Leningradi_Edasi_toimetus, lk 17
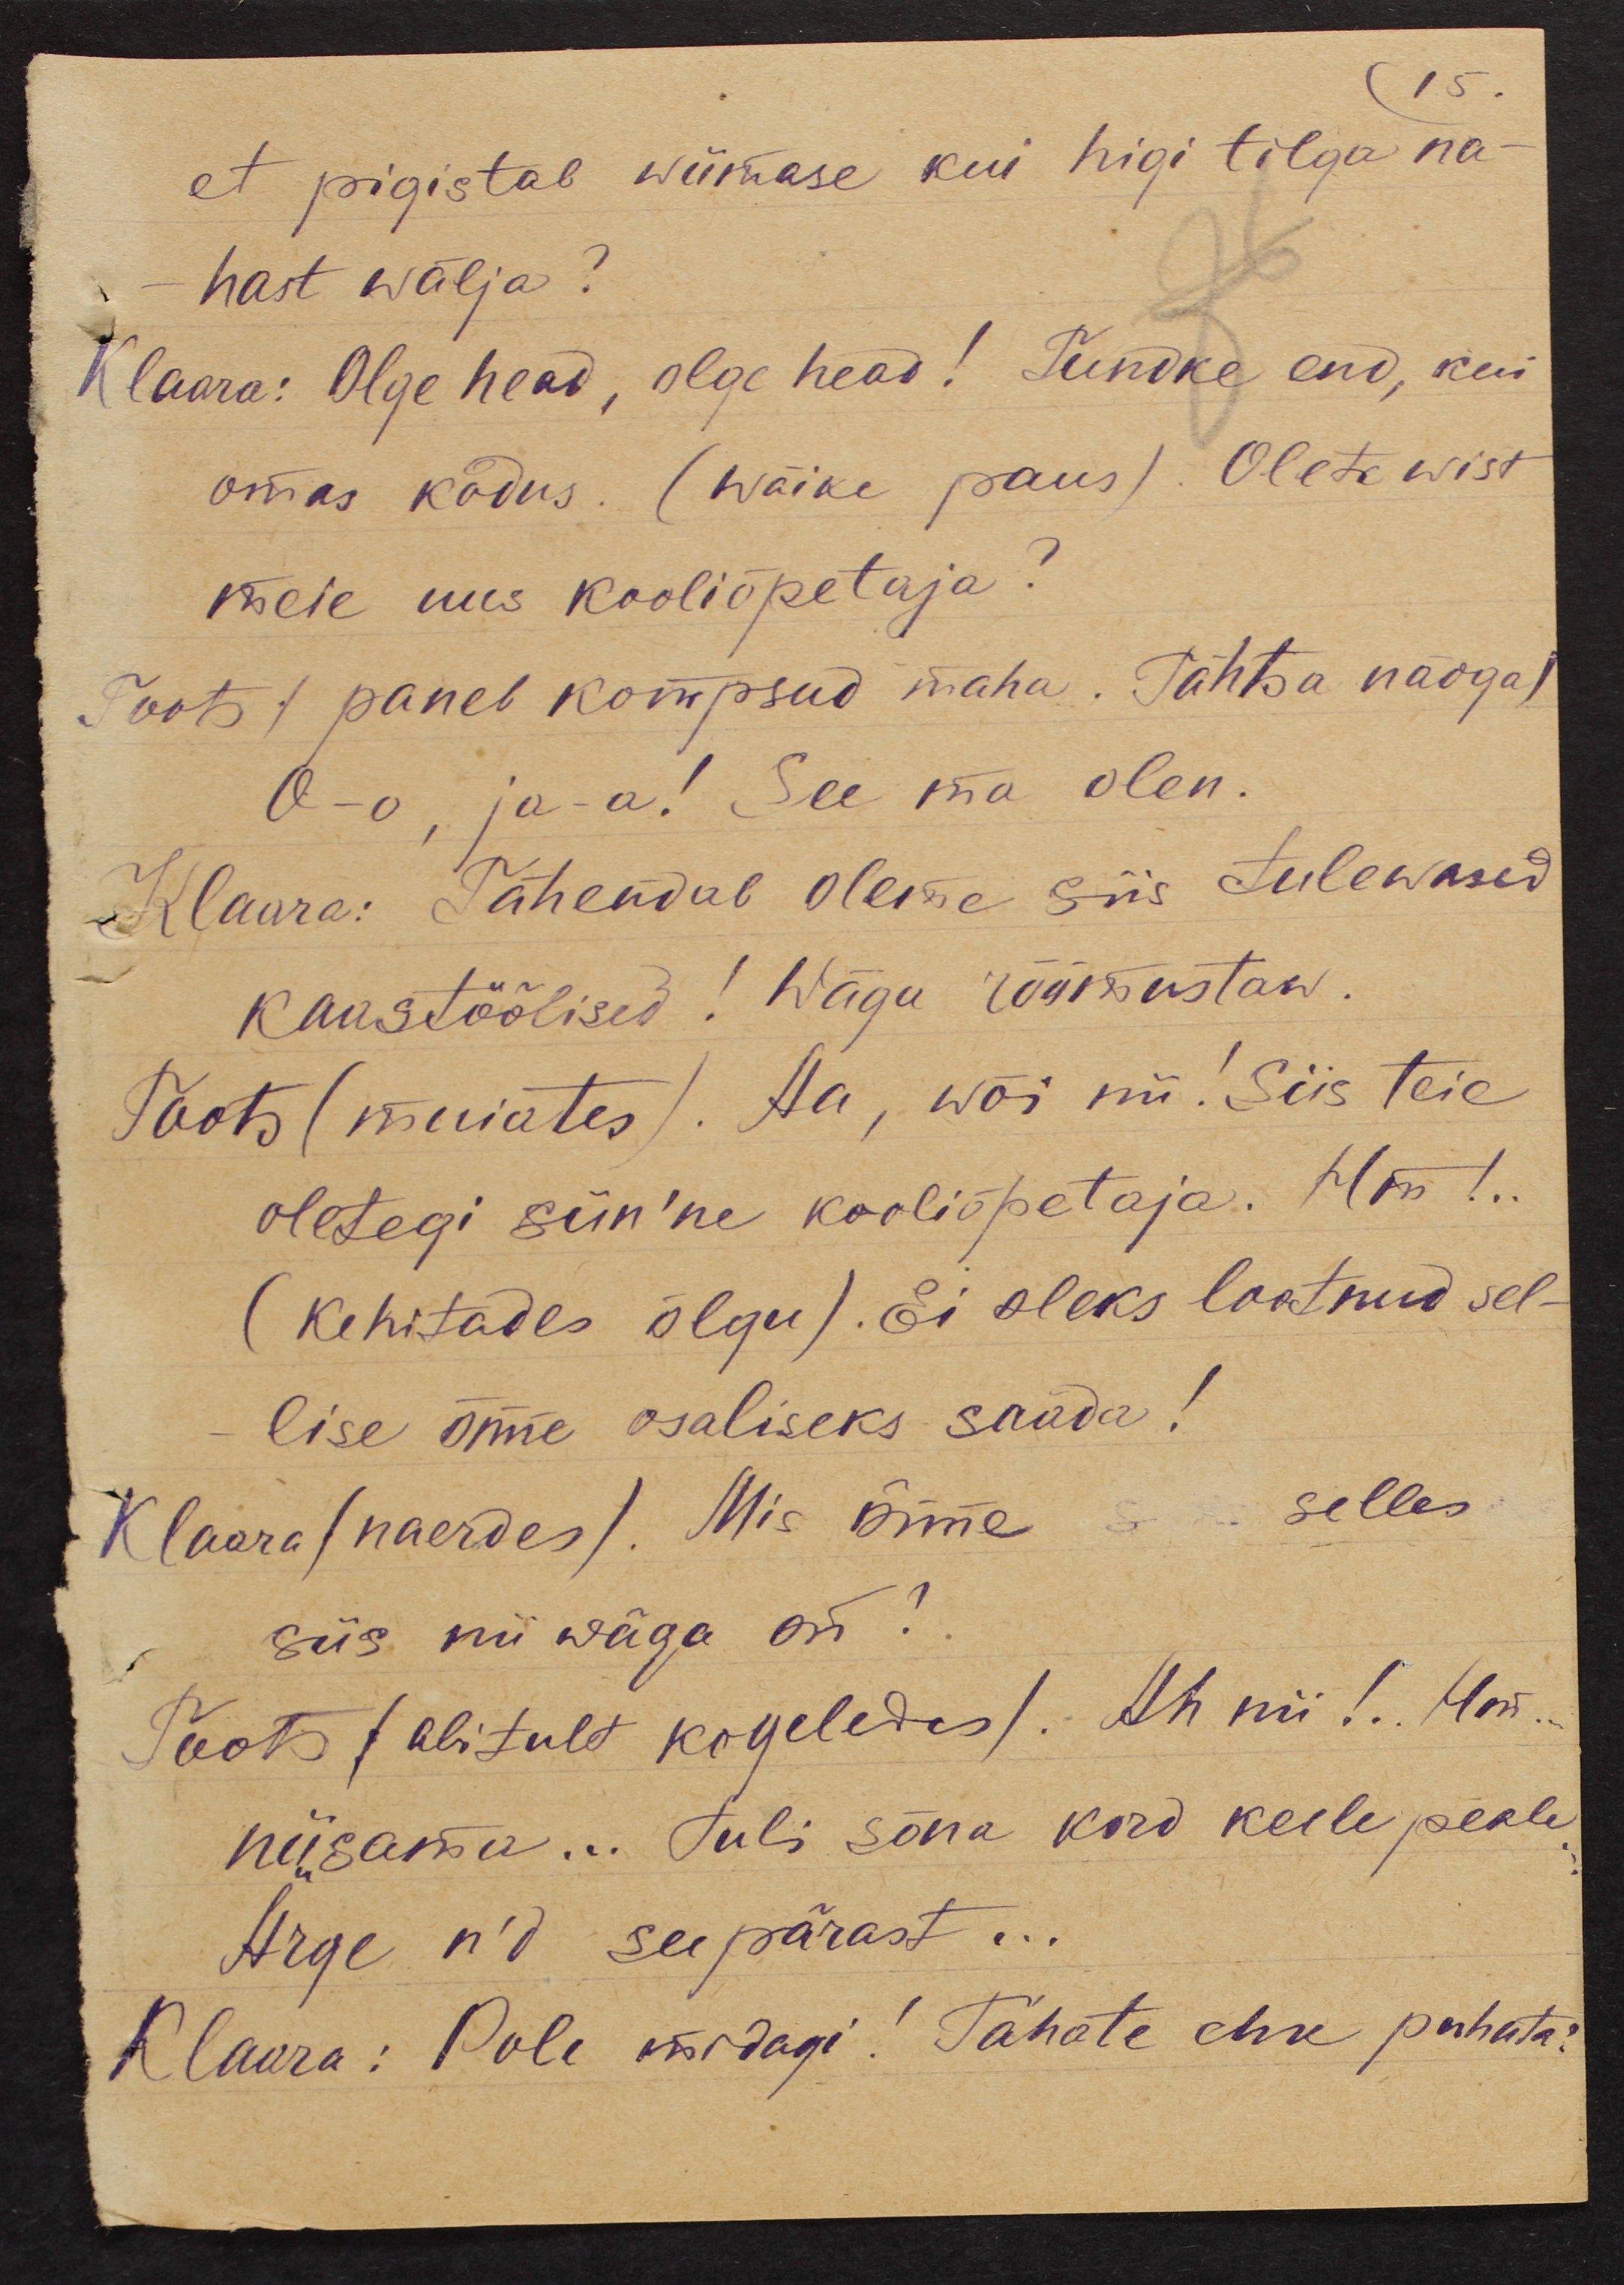
15.
et pigistab wiimase kui higi tilga na-
hast wälja?
Klaara: Olge head, olge head! Tundke end, kui
omas kodus. (Wäike paus). Olete wist
meie uus kooliõpetaja?
Toots (paneb kompsud maha. Tähtsa näoga)
O-o, ja-a! See ma olen.
Klaara: Tähendab oleme siis tulewased
kaastöölised! Wäga rõõmustaw.
Toots (muiates). Aa, wõi nii! Siis teie
oletegi siin'ne kooliõpetaja. Hm!..
(Kehitades õlgu). Ei oleks lootnud sel-
lise õnne osaliseks saada!
Klaara (naerdes). Mis õnne selles
siis nii wäga on?
Toots (abitult kogeledes). Ah nii!.. Hm..
niisama... Tuli sõna kord keele peale
Ärge n'd seepärast...
Klaara: Pole midagi! Tahate ehk puhata?